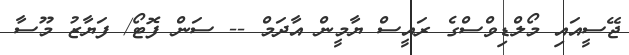
ޖޭސީއައި މޯލްޑިވްސްގެ ރައީސް ޔާމީން އާދަމް -- ސަން ފޮޓޯ/ ފަޔާޒު މޫސާ